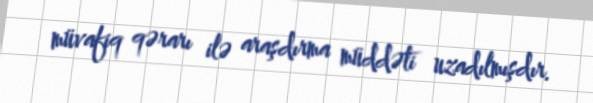
müvafiq qərarı ilə araşdırma müddəti uzadılmışdır.